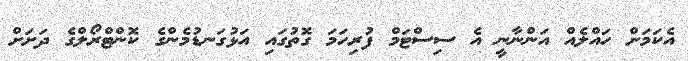
އެކަމަށް ހައްލެއް އަންނާނީ އެ ސިސްޓަމް ފުރިހަމަ ގޮތުގައިި އަޅުގަނޑުމެންގެ ކޮންޓްރޯލްގެ ދަށަށް